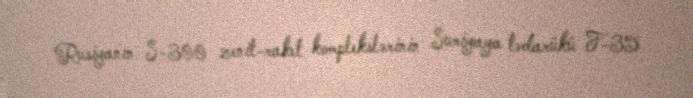
Rusiyanın S-300 zenit-raket komplekslərinin Suriyaya tədarükü F-35